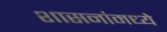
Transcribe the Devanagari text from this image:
शासनांमध्ये